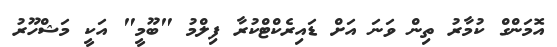
އޮމަންގް ކުމާރު ތިން ވަނަ އަށް ޑައިރެކްޓްކުރާ ފިލްމު "ބޫމީ" އަކީ މަޝްހޫރު